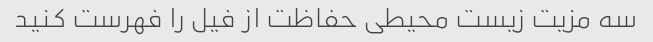
سه مزیت زیست محیطی حفاظت از فیل را فهرست کنید